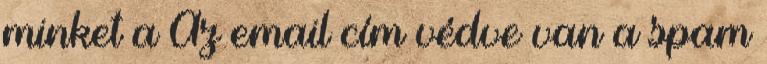
minket a Az email cím védve van a spam